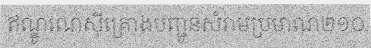
ឥណ្ឌូណេស៊ីគ្រោងបញ្ជូនសំរាមប្រមាណ២១០